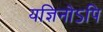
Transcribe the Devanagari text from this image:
यज्ञिनोऽपि